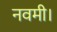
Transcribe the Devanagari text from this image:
नवमी।